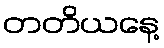
တတိယနေ့